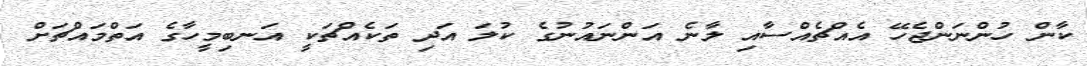
ކާން ހުންނަންޖެހޭ އެއްޗެއްސާއި ލާނެ އަންނައުނުގެ ކުލަ އަދި ތަކެއްޗަކީ އަނބިމީހާގެ އަތްމައްޗަށް